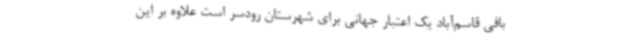
بافی قاسم‌آباد یک اعتبار جهانی برای شهرستان رودسر است علاوه بر این